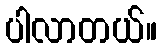
ပါလာတယ်။